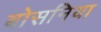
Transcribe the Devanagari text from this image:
बोसनिया